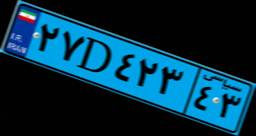
۴۵D۷۲۵۵۹